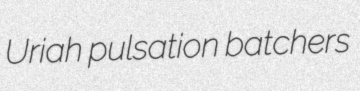
Uriah pulsation batchers